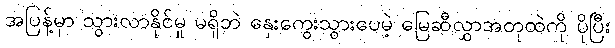
အပြန့်မှာ သွားလာနိုင်မှု မရှိဘဲ နှေးကွေးသွားပေမဲ့ မြေဆီလွှာအတုထဲကို ပိုပြီး